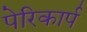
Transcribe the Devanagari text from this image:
पेरिकार्प